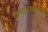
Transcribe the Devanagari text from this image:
समारंभप्रसंगी